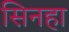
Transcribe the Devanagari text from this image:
सिनहा